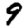
Digit: 9